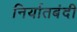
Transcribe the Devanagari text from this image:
निर्यातबंदी